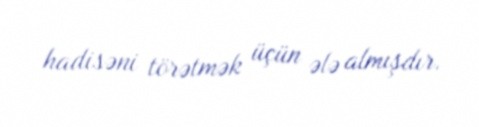
hadisəni törətmək üçün ələ almışdır.